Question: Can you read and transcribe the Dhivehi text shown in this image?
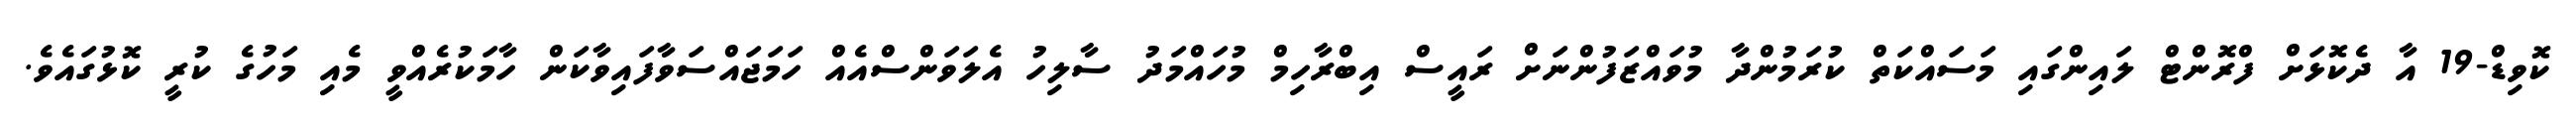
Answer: ކޮވިޑް-19 އާ ދެކޮޅަށް ފްރޮންޓް ލައިންގައި މަސައްކަތް ކުރަމުންދާ މުވައްޒަފުންނަށް ރައީސް އިބްރާހިމް މުހައްމަދު ސާލިހު އެލަވަންސްއެއް ހަމަޖައްސަވާފައިވާކަން ހާމަކުރެއްވީ މެއި މަހުގެ ކުރީ ކޮޅުގައެވެ.